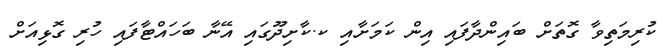
ކުރިމަތިވާ ގޮތަށް ބައިންދާފައި އިން ކަމަށާއި ކ.ކާށިދޫގައި އޭނާ ބަހައްޓާފައި ހުރި ގޮޅިއަށް